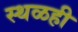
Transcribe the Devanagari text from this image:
स्थळही